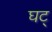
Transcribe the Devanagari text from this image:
घट्